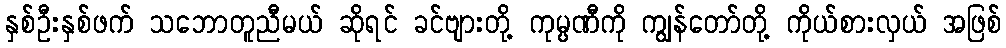
နှစ်ဦးနှစ်ဖက် သဘောတူညီမယ် ဆိုရင် ခင်ဗျားတို့ ကုမ္ပဏီကို ကျွန်တော်တို့ ကိုယ်စားလှယ် အဖြစ်